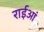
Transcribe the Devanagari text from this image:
राईआं